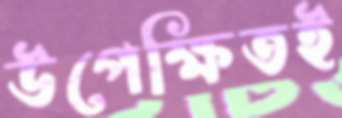
উপেক্ষিতই